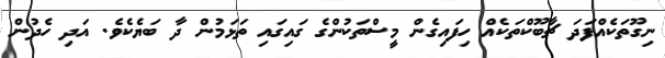
ނިގޫތަކެއްފަދަ ޗާބޫކްތަކެއް ހިފައިގެން މީސްތަކުންގެ ގައިގައި ތަޅަމުން ދާ ބަޔެކެވެ. އަދި ހެދުން